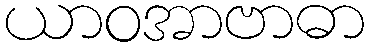
ယာဝအာဗာဓာ